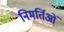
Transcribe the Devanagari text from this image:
निमर्तिओं